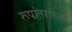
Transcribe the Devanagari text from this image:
रूपांतरातला